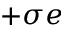
+ \sigma e